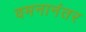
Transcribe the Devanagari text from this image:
वमनानंतर